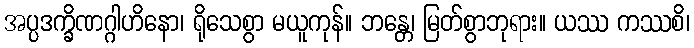
အပ္ပဒက္ခိဏဂ္ဂါဟိနော၊ ရိုသေစွာ မယူကုန်။ ဘန္တေ၊ မြတ်စွာဘုရား။ ယဿ ကဿစိ၊